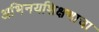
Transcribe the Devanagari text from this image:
अभिनयशिक्षणाचा